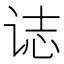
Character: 𰵧